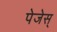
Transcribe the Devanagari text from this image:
पेजेस्